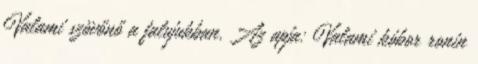
Valami szövőnő a falujukban. Az apja: Valami kóbor ronin